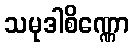
သမုဒါစိဏ္ဏော